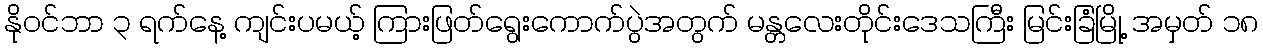
နိုဝင်ဘာ ၃ ရက်နေ့ ကျင်းပမယ့် ကြားဖြတ်ရွေးကောက်ပွဲအတွက် မန္တလေးတိုင်းဒေသကြီး မြင်းခြံမြို့ အမှတ် ၁၈